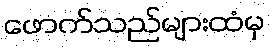
ဖောက်သည်များထံမှ